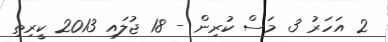
2 އަހަރު 3 މަސް ކުރިން - 18 ޖުލައި 2013 ކީރިތި